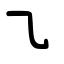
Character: ㇈